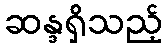
ဆန္ဒရှိသည့်